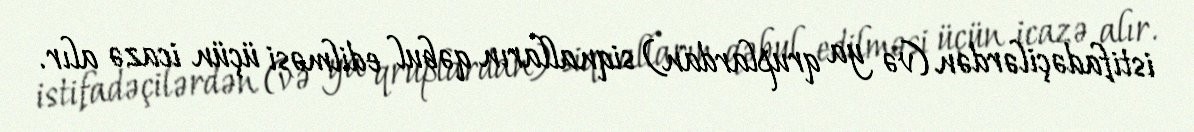
istifadəçilərdən (və ya qruplardan) siqnalların qəbul edilməsi üçün icazə alır.